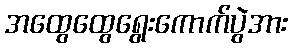
အထွေထွေရွေးကောက်ပွဲအား